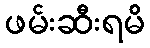
ဖမ်းဆီးရမိ